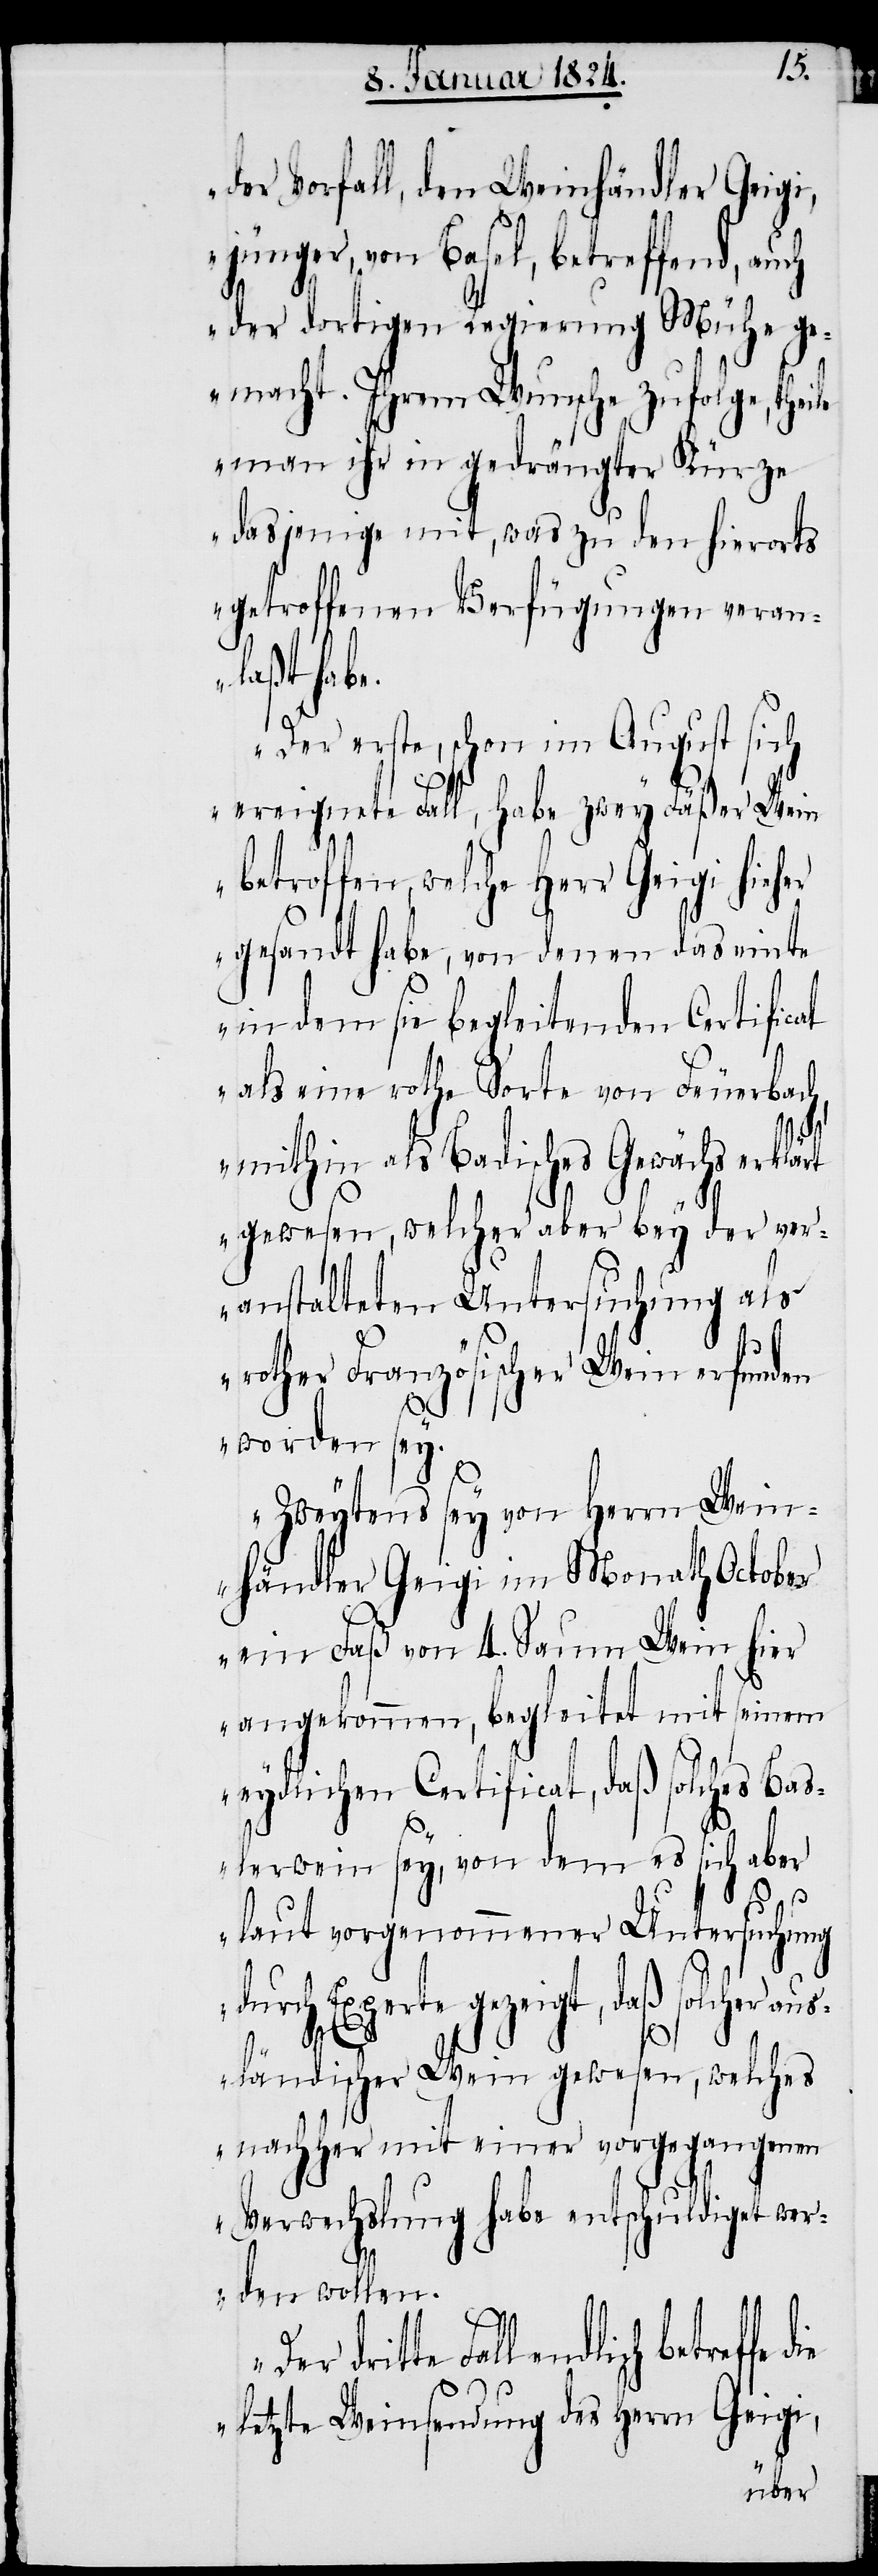
der Vorfall, den Weinhändler Geigi,
jünger, von Basel, betreffend, auch
der dortigen Regierung Mühe g¬
emacht. Ihrem Wunsche zufolge, theile
man ihr in gedrängter Kürze
dasjenige mit, was zu den hierorts
getroffenen Verfügungen veran¬
laßt habe.
Der erste, schon im August sich
ereignete Fall, habe zwey Fäßer Wein
betroffen, welche Herr Geigi hieher
gesandt habe, von denen das einte
in dem sie begleitenden Certificat
als eine rothe Sorte von Feuerbach,
die
mithin als Badisches Gewächs erklärt
gewesen, welcher aber bey der ver¬
anstalteten Untersuchung als
rother Französischer Wein erfunden
worden sey.
Zweytens sey von Herrn Wein¬
händler Geigi im Monath October
ein Faß von 4. Saum Wein hier
angekommen, begleitet mit seinem
eydlichen Certificat, daß solches Bas¬
lerwein sey, von dem es sich aber
laut vorgenommener Untersuchung
durch Experte gezeigt, daß solcher aus¬
ländischer Wein gewesen, welches
nachher mit einer vorgegangenen
Verwechslung habe entschuldiget wer¬
den wollen.
dritte Fall endlich betreffe
letzte Weinsendung des Herrn Geigi,